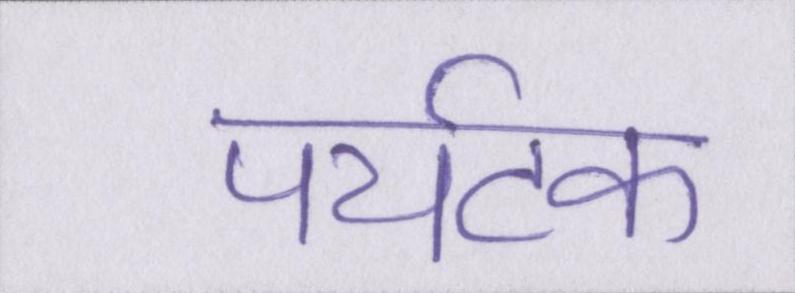
पर्यटक